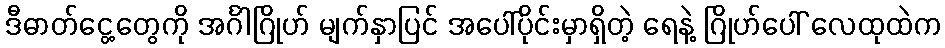
ဒီဓာတ်ငွေ့တွေကို အင်္ဂါဂြိုဟ် မျက်နှာပြင် အပေါ်ပိုင်းမှာရှိတဲ့ ရေနဲ့ ဂြိုဟ်ပေါ် လေထုထဲက